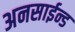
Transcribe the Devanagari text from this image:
अनसाईन्ड